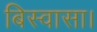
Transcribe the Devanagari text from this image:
बिस्वासा।